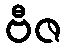
ဗီဇ